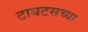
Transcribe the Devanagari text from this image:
टायटसच्या